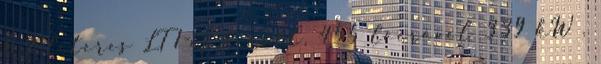
6,2 literes LT1-es került, 455 lóerővel 339 kW ,